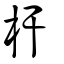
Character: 杆